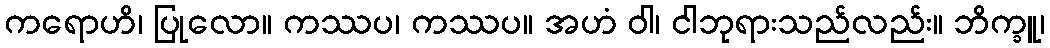
ကရောဟိ၊ ပြုလော။ ကဿပ၊ ကဿပ။ အဟံ ဝါ၊ ငါဘုရားသည်လည်း။ ဘိက္ခူ၊